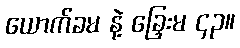
ယောက်ခမ နဲ့ ခြှေးမ ၄၃။